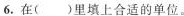
6.在( )里填上合适的单位。